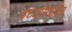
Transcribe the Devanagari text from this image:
वर्ध्यामधील